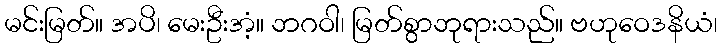
မင်းမြတ်။ အပိ၊ မေးဦးအံ့။ ဘဂဝါ၊ မြတ်စွာဘုရားသည်။ ဗဟုဝေဒနိယံ၊